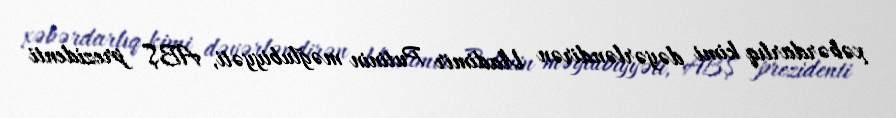
xəbərdarlıq kimi dəyərləndirən Vladimir Putinin məğlubiyyəti, ABŞ prezidenti